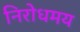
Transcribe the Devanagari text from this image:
निरोधमय